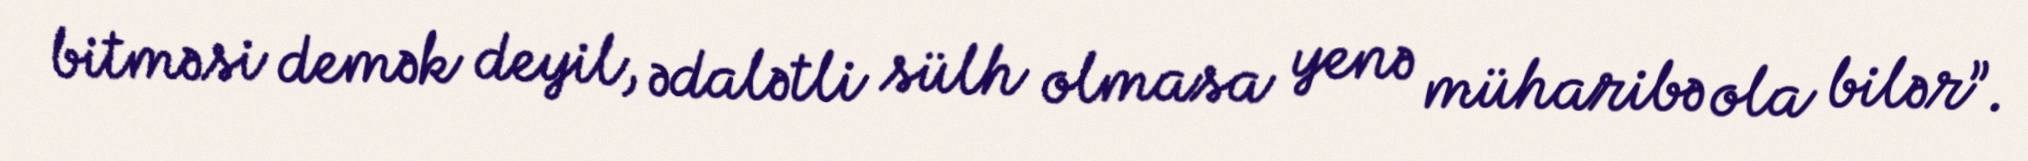
bitməsi demək deyil, ədalətli sülh olmasa yenə müharibə ola bilər”.